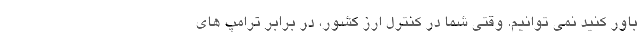
باور كنيد نمي توانيم. وقتي شما در كنترل ارز كشور، در برابر ترامپ هاي